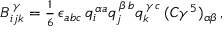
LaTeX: B _ { i j k } ^ { \, \gamma } = { \textstyle \frac { 1 } { 6 } } \, \epsilon _ { a b c } \, q _ { i } ^ { \, \alpha a } q _ { j } ^ { \, \beta \, b } q _ { k } ^ { \, \gamma \, c } \, ( C \gamma ^ { 5 } ) _ { \alpha \beta } \, ,